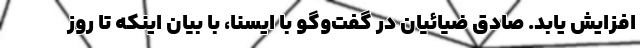
افزایش یابد. صادق ضیائیان در گفت‌وگو با ایسنا، با بیان اینکه تا روز